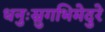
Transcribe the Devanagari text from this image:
धनुःस्रुगभिमेदुरे